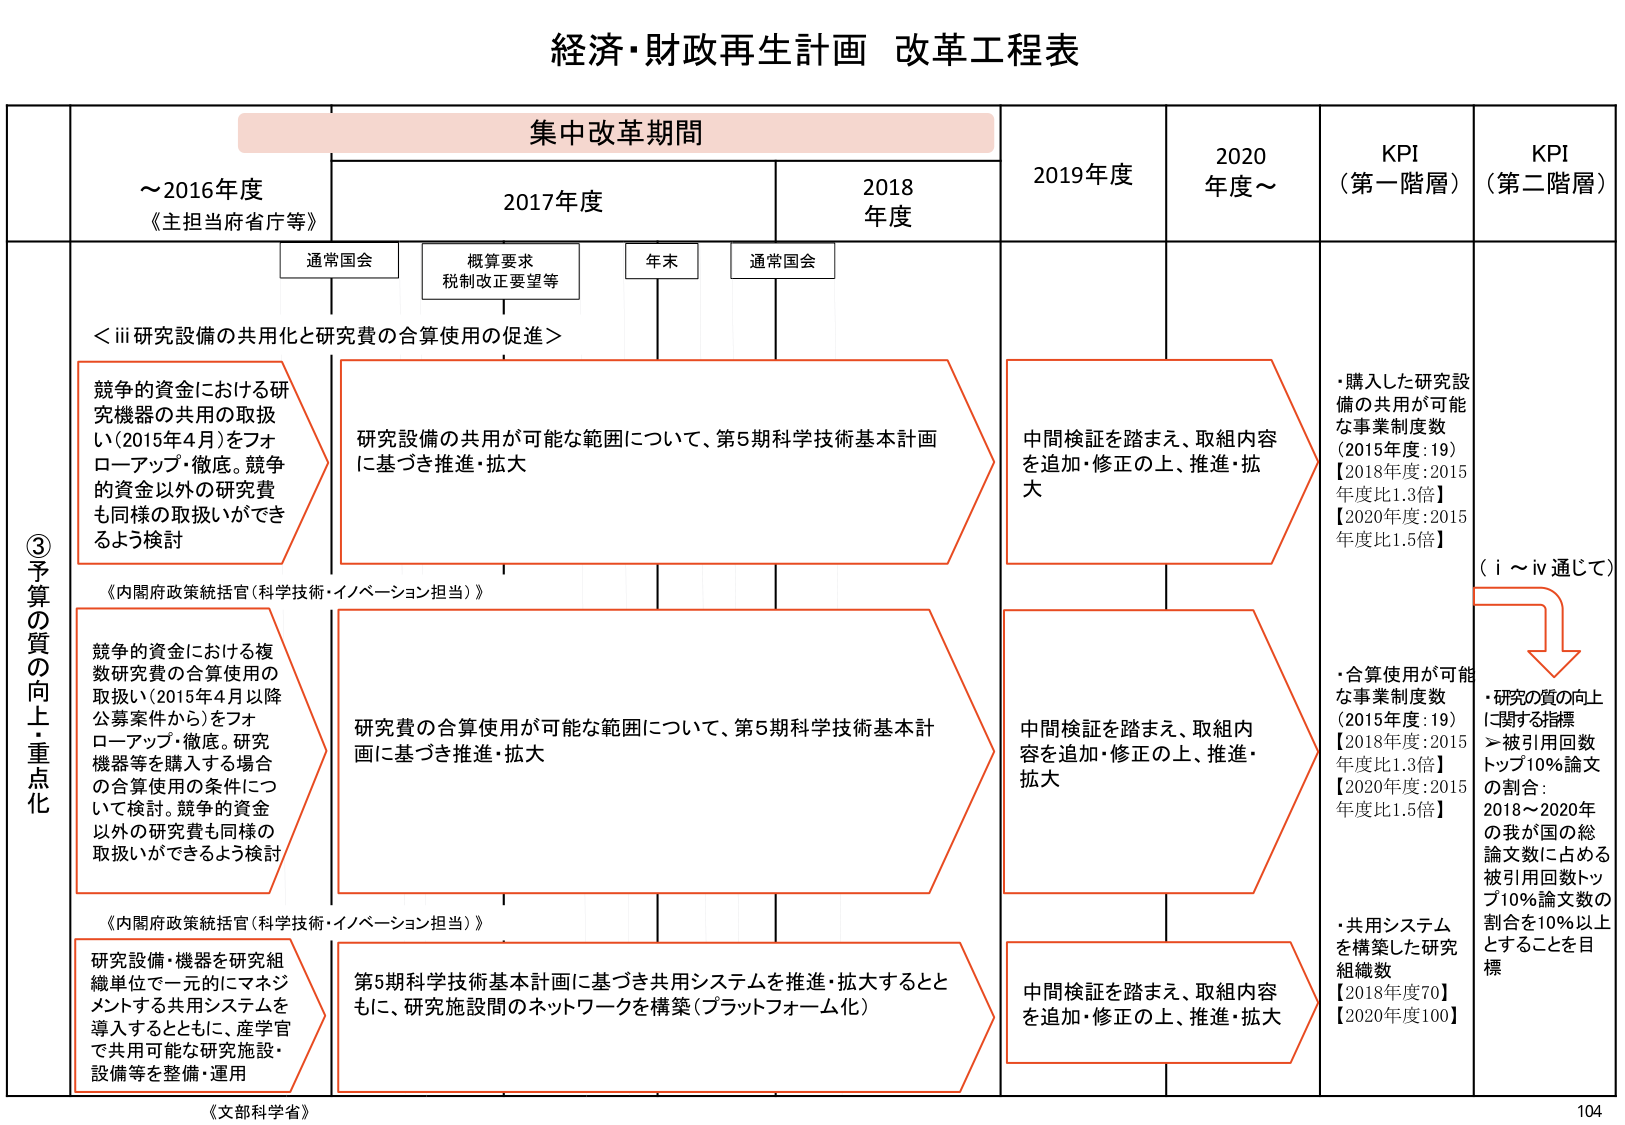
経済・財政再生計画 改革工程表

集中改革期間

～2016年度
《主担当府省庁等》

2017年度
通常国会
概算要求
税制改正要望等
年末
通常国会

2018年度

2019年度

2020年度～

KPI
（第一階層）

KPI
（第二階層）

③予算の質の向上・重点化

＜ⅲ研究設備の共用化と研究費の合算使用の促進＞

競争的資金における研究機器の共用の取扱い（2015年4月）をフォローアップ・徹底。競争的資金以外の研究費も同様の取扱いができるよう検討

《内閣府政策統括官（科学技術・イノベーション担当）》

研究設備の共用が可能な範囲について、第5期科学技術基本計画に基づき推進・拡大

中間検証を踏まえ、取組内容を追加・修正の上、推進・拡大

・購入した研究設備の共用が可能な事業制度数
（2015年度：19）
【2018年度：2015年度比1.3倍】
【2020年度：2015年度比1.5倍】

競争的資金における複数研究費の合算使用の取扱い（2015年4月以降公募案件から）をフォローアップ・徹底。研究機器等を購入する場合の合算使用の条件について検討。競争的資金以外の研究費も同様の取扱いができるよう検討

《内閣府政策統括官（科学技術・イノベーション担当）》

研究費の合算使用が可能な範囲について、第5期科学技術基本計画に基づき推進・拡大

中間検証を踏まえ、取組内容を追加・修正の上、推進・拡大

・合算使用が可能な事業制度数
（2015年度：19）
【2018年度：2015年度比1.3倍】
【2020年度：2015年度比1.5倍】

研究設備・機器を研究組織単位で一元的にマネジメントする共用システムを導入するとともに、産学官で共用可能な研究施設・設備等を整備・運用

《文部科学省》

第5期科学技術基本計画に基づき共用システムを推進・拡大するとともに、研究施設間のネットワークを構築（プラットフォーム化）

中間検証を踏まえ、取組内容を追加・修正の上、推進・拡大

・共用システムを構築した研究組織数
【2018年度70】
【2020年度100】

（ⅰ～ⅳ通じて）

・研究の質の向上に関する指標
＞被引用回数トップ10%論文の割合：
2018～2020年の我が国の総論文数に占める被引用回数トップ10%論文数の割合を10%以上とすることを目標

104